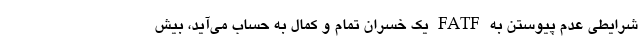
شرایطی عدم پیوستن به FATF یک خسران تمام و کمال به حساب می‌آید، بیش